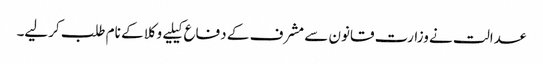
عدالت نے وزارت قانون سے مشرف کے دفاع کیلیے وکلا کے نام طلب کرلیے۔